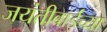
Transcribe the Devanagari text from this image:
जयंतीबाईंच्या